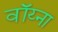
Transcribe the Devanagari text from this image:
वॉय्ना